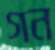
গন